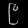
Digit: ၉